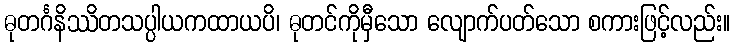
ဓုတင်္ဂနိဿိတသပ္ပါယကထာယပိ၊ ဓုတင်ကိုမှီသော လျောက်ပတ်သော စကားဖြင့်လည်း။